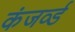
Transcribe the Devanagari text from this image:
कंजर्व्ड